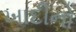
ખાદીનો